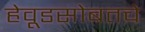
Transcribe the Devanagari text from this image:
हेवूडसोबतचे